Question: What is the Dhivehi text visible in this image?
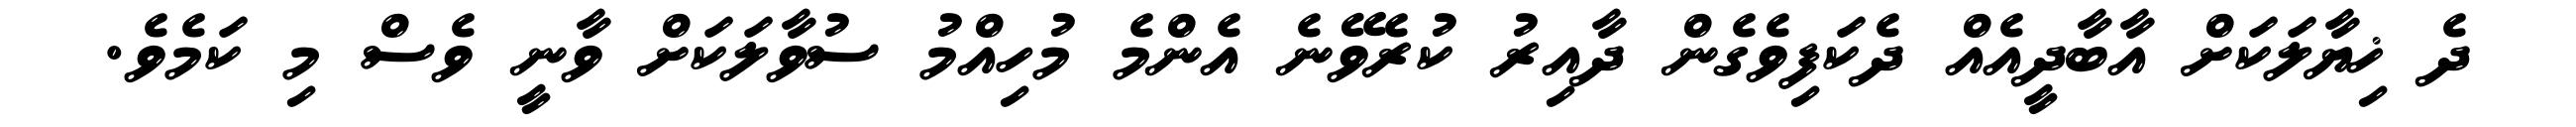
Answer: ދެ ޚިޔާލަކަށް އާބާދީއެއް ދެކަފިވެގެން ދާއިރު ކުރެވޭނެ އެންމެ މުހިއްމު ސުވާލަކަށް ވާނީ ވެސް މި ކަމެވެ.